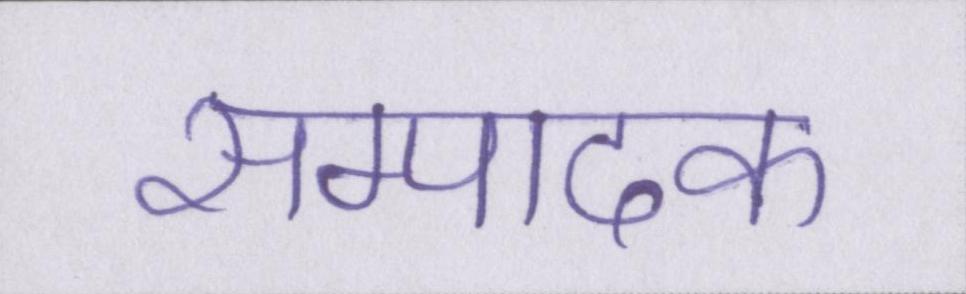
सम्पादक